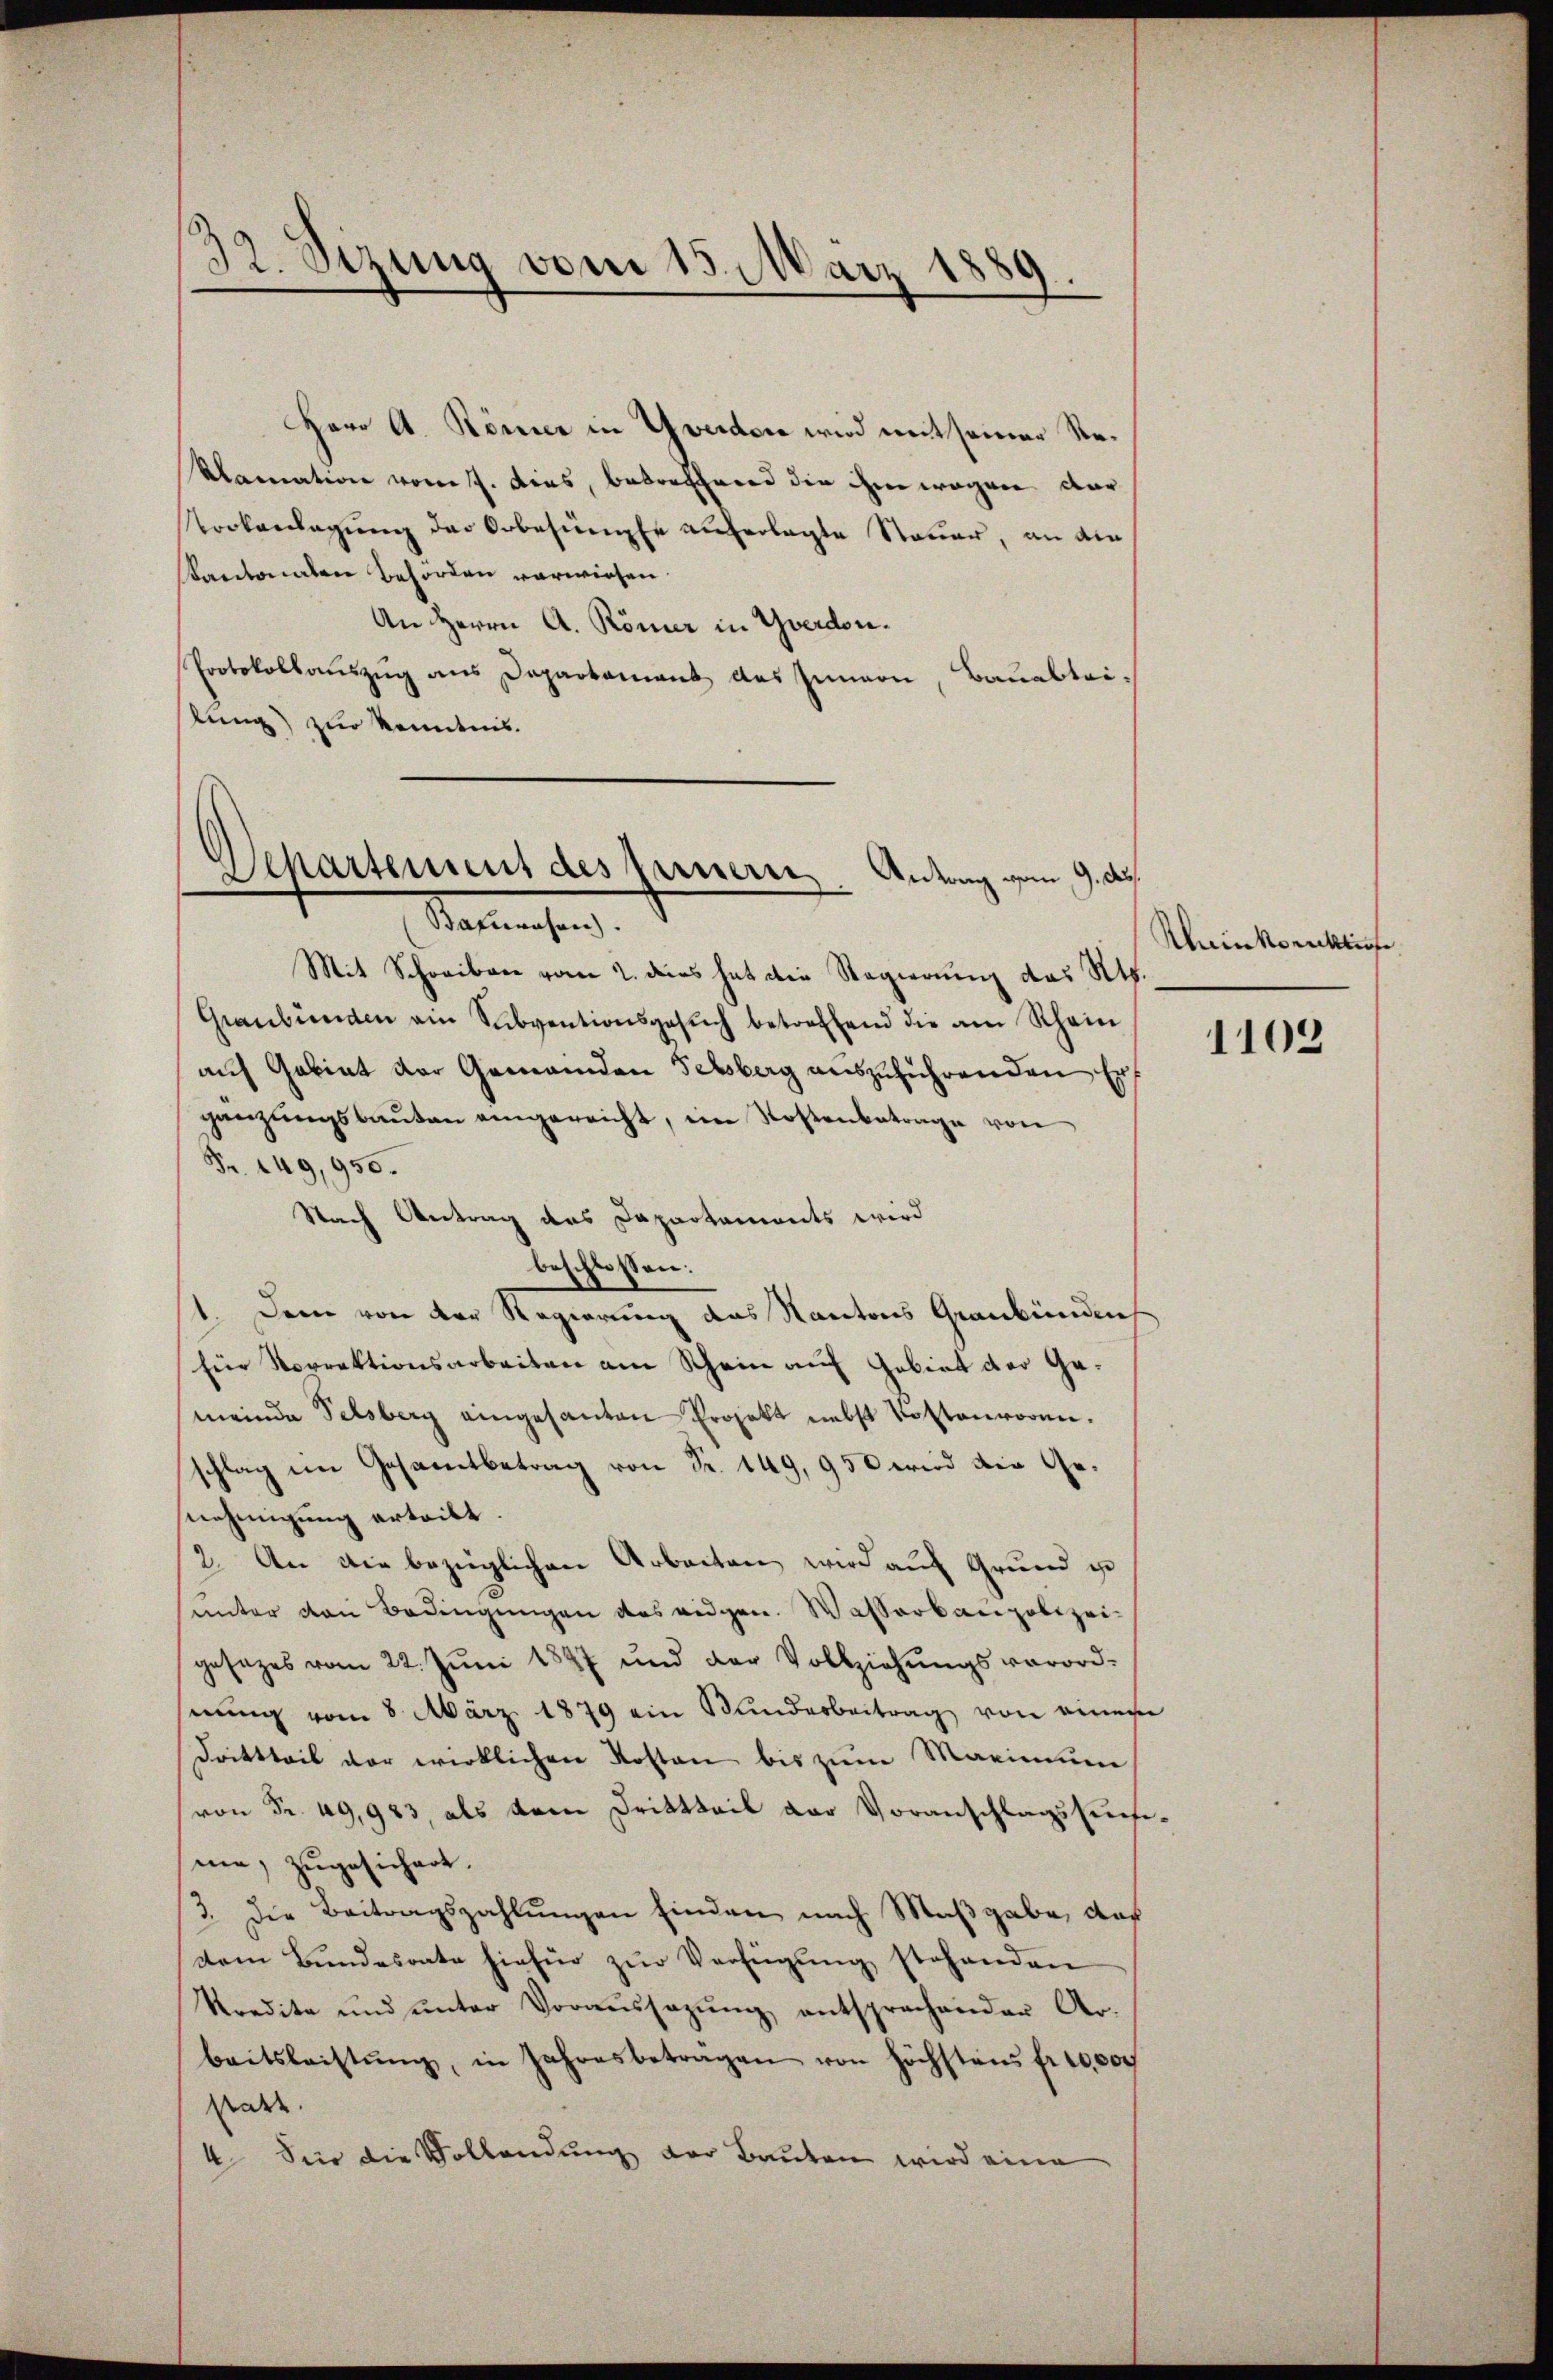
32. Sizung vom 15. März 1
)

Herr A. Römer in Yverden wird mit seiner Re¬
Alamation vom 7. dies, betreffend die ihm wegen der
Tookanlagung der Orbesumpte auferlegte Steuer, an die
Kantonalen Behörden verwiesen.
An Herrn A. Römer in Yverdon.
Protokollaŭszŭg ans Departament des Innern, Bauabteilung) zur Kenntnis.

Sehartement des fernern, Antrag vom 9. d.
Salingen.

Mit Schreiben vom 2. ders hat die Regierung des Kts.
Graubünden ein Subventionsgesŭch betreffend die am Rhein
auf Gebiet der Gemeinden Sebsberg auszuführenden Erf
gänzungsbauten eingereicht, eine Kostenbetrage von
Fr. 149,950.
Nach Antrag des Dapartaments wird
beschlossen:
1. Dem von der Regierung des Kantons Graubündens
für Norrektionsarbeiten am Schein auf Gebiet der Gemeinde Felsberg eingesanten Projekt nebst Kostenworen.
schlag ein Gesamtbetrag von Fr. 149, 950 wird die Genehmigung erteilt.
2. An die bezüglichen Arbeiten wird auf Grund ist
unter von Bedingungen des eidgen. Wasserbaupolizeigesezes vom 22. Jŭni 1897 und der Vollziehŭngsverord-
hnŭng vom 8. März 1879 ein Kunderbeitrag von einen
Drittteil vor wirklichen Kosten bis zum Marinum
von Fr. 49,983 als dem Drittheil der Voranschlagssuefime, zugesichert.
3. Die Beitragszahlungen finden nach Maßgabe, daß
dem Bŭndesrate hiefür zŭr Verfügŭng stehenden
kredite ŭnd ŭnter Voraŭssagŭng entsprechender Ar-
beitsleistŭng, in Jahresbetragen von höchstens fr. 10,000
Rate |
4. Sie die Vollendung der Bauten wird eine

Kleinkonkurse

1109